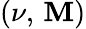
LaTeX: (\nu,\, \mathbf{M})